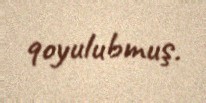
qoyulubmuş.